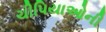
ચીપિયાઓની